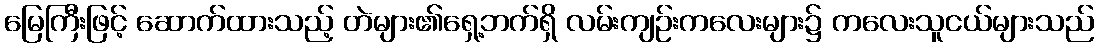
မြေကြီးဖြင့် ဆောက်ထားသည့် တဲများ၏ရှေ့ဘက်ရှိ လမ်းကျဉ်းကလေးများ၌ ကလေးသူငယ်များသည်